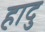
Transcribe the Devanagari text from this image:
हादु